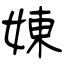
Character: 娻